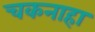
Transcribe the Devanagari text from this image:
चकनाहा